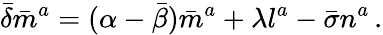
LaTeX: {\bar{\delta}}{\bar{m}}^{a}=(\alpha-{\bar{\beta}}){\bar{m}}^{a}+\lambda l^{a}-{\bar{\sigma}}n^{a}\, .